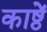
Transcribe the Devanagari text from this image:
काष्ठें